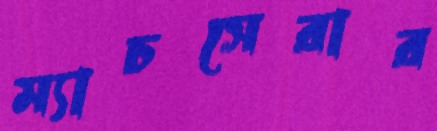
ম্যাচসেরার